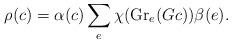
LaTeX: \begin{align*}\rho(c)=\alpha(c)\sum_e\chi(\textnormal{Gr}_e(Gc))\beta(e).\end{align*}